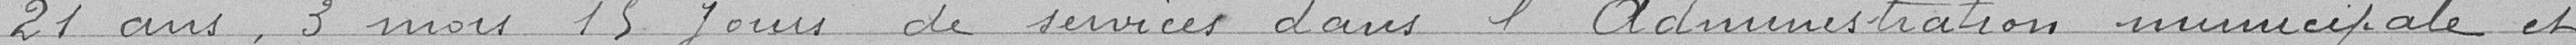
21 ans, 3 mois, 15 jours de services dans l'administration municipale et